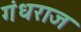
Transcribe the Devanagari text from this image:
गंधराज